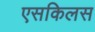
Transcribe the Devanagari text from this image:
एसकिलस